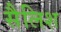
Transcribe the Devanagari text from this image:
सैलिश